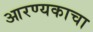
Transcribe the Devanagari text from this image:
आरण्यकाचा